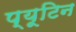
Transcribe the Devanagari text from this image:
प्यूटिन